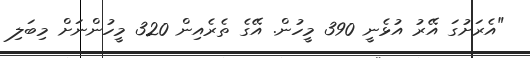
"އެރަށުގަ އޭރު އުޅެނީ 390 މީހުން. އޭގެ ތެރެއިން 320 މީހުންނަށް މިބަލި